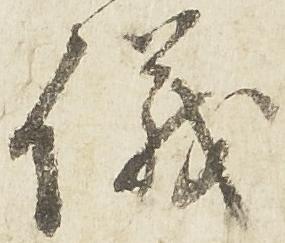
儀